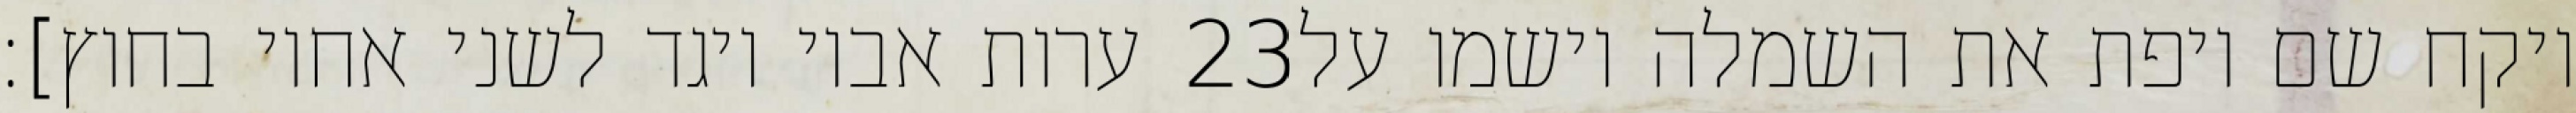
ערות אביו ויגד לשני אחיו בחוץ]׃ ‎23‏ ויקח שם ויפת את השמלה וישמו על